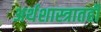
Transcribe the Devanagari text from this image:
अर्थशास्त्रातही